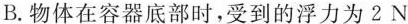
B.物体在容器底部时，受到的浮力为2N